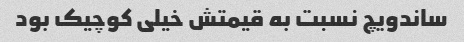
ساندویچ نسبت به قیمتش خیلی کوچیک بود